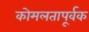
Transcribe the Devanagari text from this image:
कोमलतापूर्वक